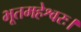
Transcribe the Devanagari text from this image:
भूतमहेश्वरः।